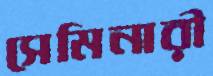
সেমিনারী